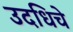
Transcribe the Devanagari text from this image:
उदधिचे